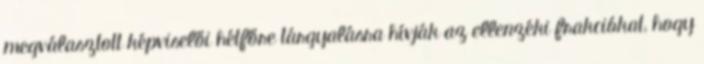
megválasztott képviselői hétfőre tárgyalásra hívják az ellenzéki frakciókat, hogy